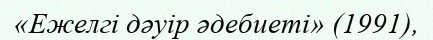
«Ежелгі дәуір әдебиеті» (1991),